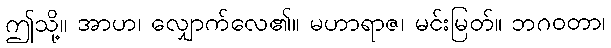
ဤသို့။ အာဟ၊ လျှောက်လေ၏။ မဟာရာဇ၊ မင်းမြတ်။ ဘဂဝတာ၊